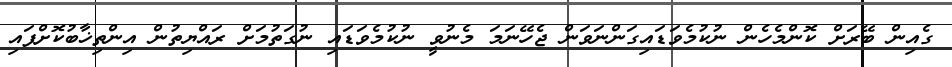
ގެއިން ބޭރަށް ކޮންމެހެން ނުކުމެވަޑައިގަންނަވަން ޖެހޭނަމަ މެނުވީ ނުކުމެވަޑައި ނުގަތުމަށް ރައްޔިތުން އިންތިޚާބުކޮށްފައި